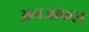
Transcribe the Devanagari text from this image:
अलजाफरा